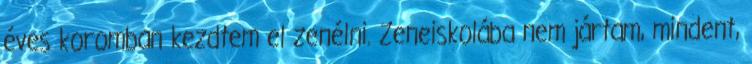
éves koromban kezdtem el zenélni. Zeneiskolába nem jártam, mindent,